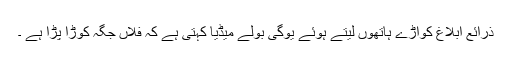
ذرائع ابلاغ کوآڑے ہاتھوں لیتے ہوئے یوگی بولے میڈیا کہتی ہے کہ فلاں جگہ کوڑا پڑا ہے ۔